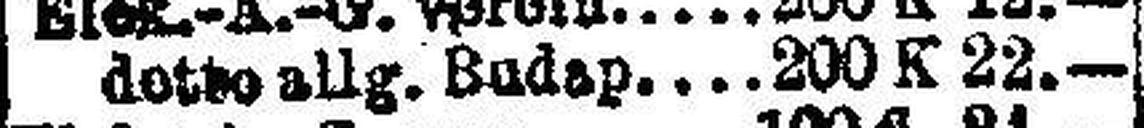
detto allg. Budap 200 K 22.—